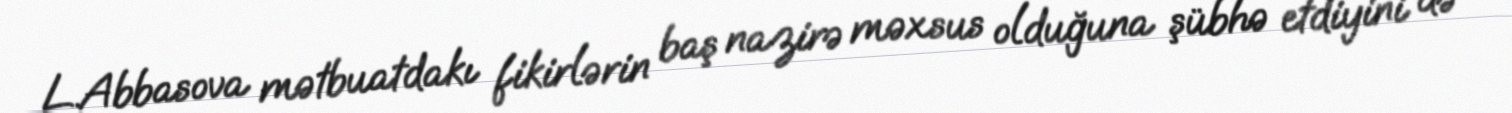
L.Abbasova mətbuatdakı fikirlərin baş nazirə məxsus olduğuna şübhə etdiyini də